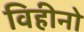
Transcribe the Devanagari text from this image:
विहीनो